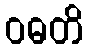
ဝဓတိ